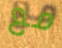
مع